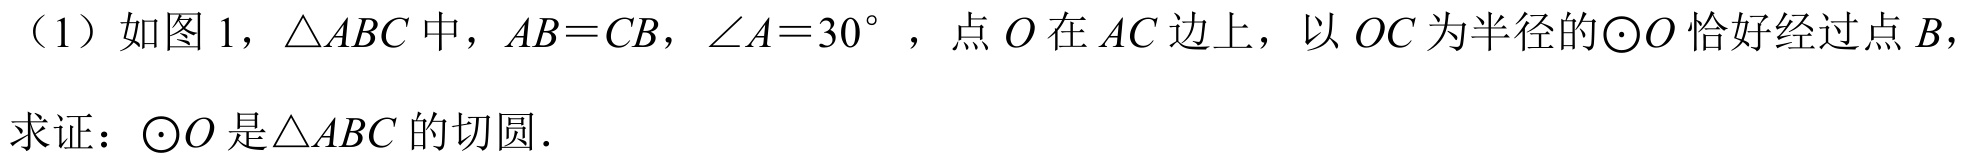
（1）如图 1，\(\triangle ABC\)中，\(AB = CB\)，\(\angle A = 30^{\circ}\)，点\(O\)在\(AC\)边上，以\(OC\)为半径的\(\odot O\)恰好经过点\(B\)，
求证：\(\odot O\)是\(\triangle ABC\)的切圆.